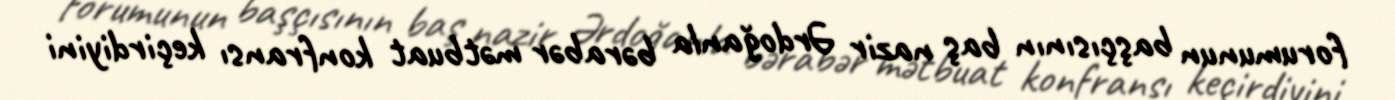
forumunun başçısının baş nazir Ərdoğanla bərabər mətbuat konfransı keçirdiyini